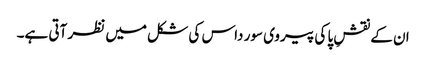
ان کے نقشِ پا کی پیروی سور داس کی شکل میں نظر آتی ہے۔